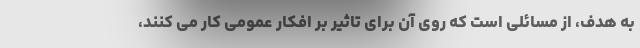
به هدف، از مسائلی است که روی آن برای تاثیر بر افکار عمومی کار می کنند،